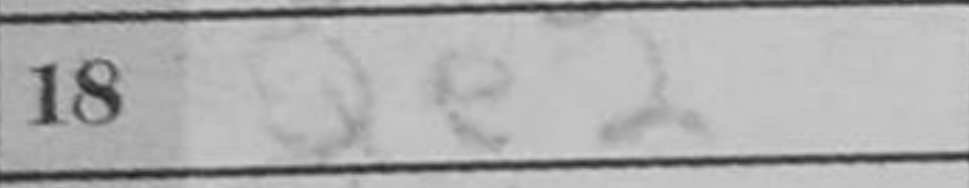
Transcription: Qe2